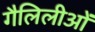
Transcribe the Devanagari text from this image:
गैलिलीओं